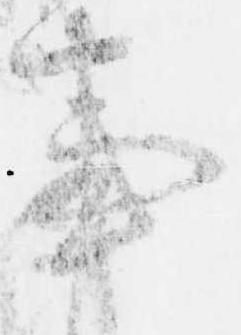
事